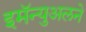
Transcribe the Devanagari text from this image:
इमॅन्युअलने